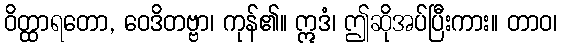
ဝိတ္ထာရတော, ဝေဒိတဗ္ဗာ၊ ကုန်၏။ ဣဒံ၊ ဤဆိုအပ်ပြီးကား။ တာဝ၊